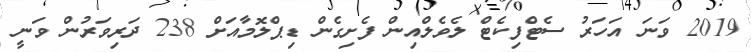
2019 ވަނަ އަހަރު ސެޓްފިކެޓް ލެވެލްއިން ފެށިގެން ޑިޕްލޮމާއަށް 238 ދަރިވަރުން ވަނީ